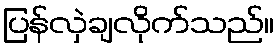
ပြန်လှဲချလိုက်သည်။